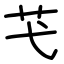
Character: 芅